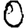
Digit: 0